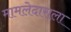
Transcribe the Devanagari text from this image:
मामलेदाराला